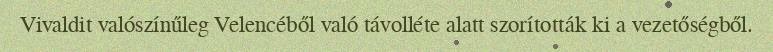
Vivaldit valószínűleg Velencéből való távolléte alatt szorították ki a vezetőségből.